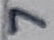
Text: 7